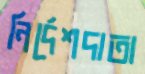
নির্দেশদাতা